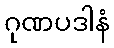
ဂုဏပဒါနံ